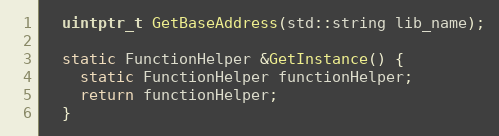
Language: C
  uintptr_t GetBaseAddress(std::string lib_name);

  static FunctionHelper &GetInstance() {
    static FunctionHelper functionHelper;
    return functionHelper;
  }